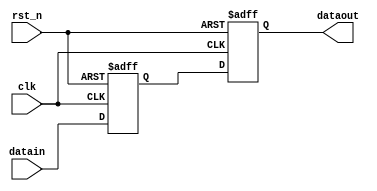
module GB_data_delay(
	clk,rst_n,
	datain,dataout
);

parameter	DATA_WIDTH = 16;
parameter	DELAY_CYCLE = 2;

input								clk,rst_n;
input		[DATA_WIDTH-1:0]	datain;
output	[DATA_WIDTH-1:0]	dataout;

reg		[DATA_WIDTH-1:0]	data_reg[DELAY_CYCLE-1:0];

assign dataout = data_reg[DELAY_CYCLE-1];

always @(posedge clk or negedge rst_n)
begin
	if(!rst_n)
		data_reg[0] <= 'd0;
	else
		data_reg[0] <= datain;
end

genvar i;
generate
	for(i=1 ; i<DELAY_CYCLE ; i=i+1)
	begin:delay
		always @(posedge clk or negedge rst_n)
		begin
			if(!rst_n)
				data_reg[i] <= 'd0;
			else
				data_reg[i] <= data_reg[i-1];
		end
	end
endgenerate

endmodule